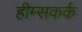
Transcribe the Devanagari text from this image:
हीम्सकर्क